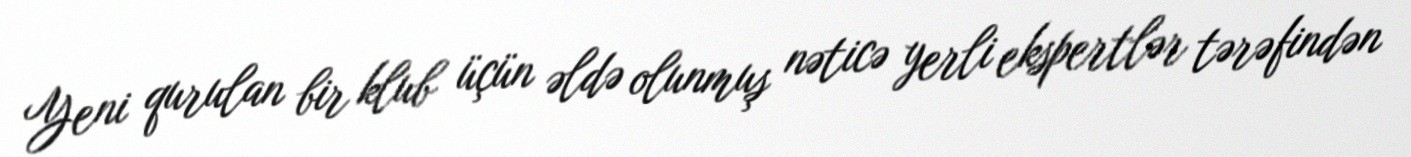
Yeni qurulan bir klub üçün əldə olunmuş nəticə yerli ekspertlər tərəfindən